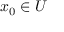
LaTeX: x _ { 0 } \in U